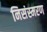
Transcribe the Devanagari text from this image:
निसंस्मरण